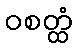
ဝစတ္ထံ